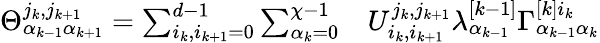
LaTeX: \begin{array}{rl}{\Theta_{\alpha_{k-1}\alpha_{k+1}}^{j_{k},j_{k+1}}=\sum_{i_{k},i_{k+1}=0}^{d-1}\sum_{\alpha_{k}=0}^{\chi-1}}&{{}U_{i_{k},i_{k+1}}^{j_{k},j_{k+1}}\lambda_{\alpha_{k-1}}^{[k-1]}\Gamma_{\alpha_{k-1}\alpha_{k}}^{[k]i_{k}}}\end{array}